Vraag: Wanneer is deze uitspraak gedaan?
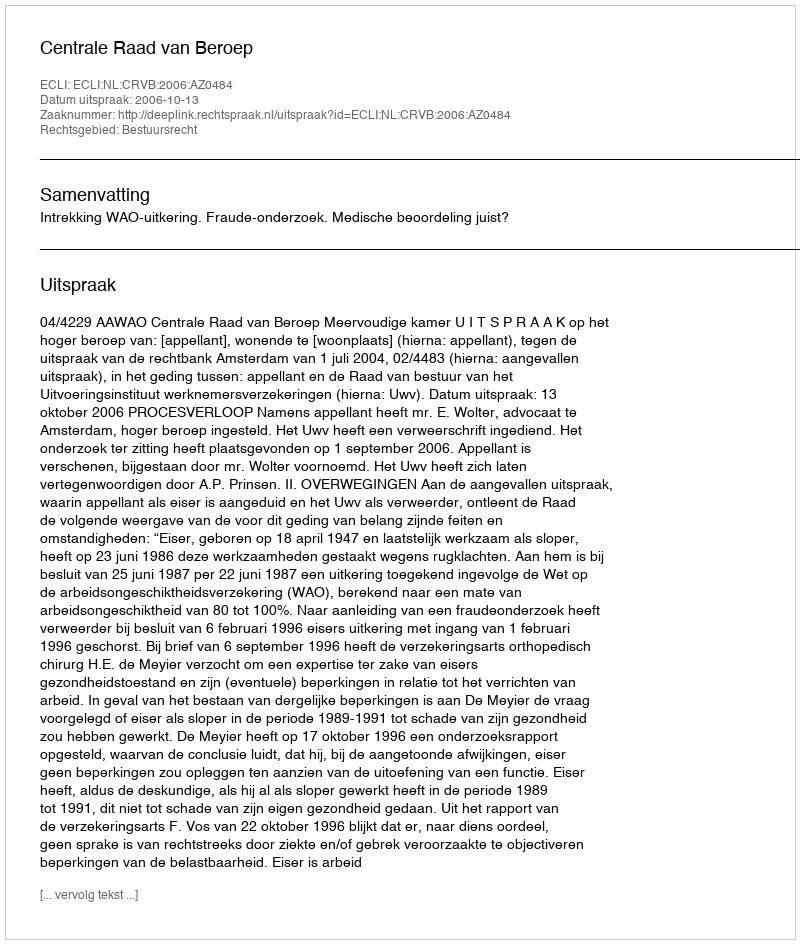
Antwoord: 2006-10-13